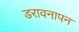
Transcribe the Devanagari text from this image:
डरावनापन